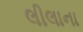
લીલાના